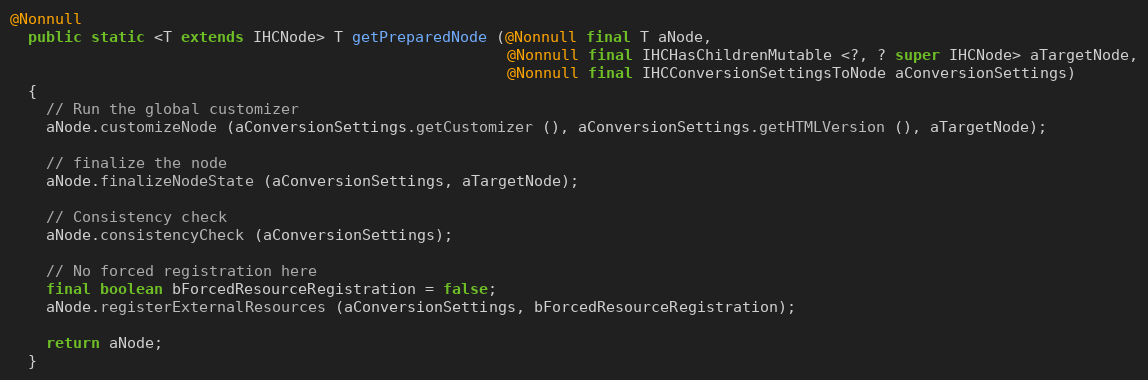
Language: Java
@Nonnull
  public static <T extends IHCNode> T getPreparedNode (@Nonnull final T aNode,
                                                       @Nonnull final IHCHasChildrenMutable <?, ? super IHCNode> aTargetNode,
                                                       @Nonnull final IHCConversionSettingsToNode aConversionSettings)
  {
    // Run the global customizer
    aNode.customizeNode (aConversionSettings.getCustomizer (), aConversionSettings.getHTMLVersion (), aTargetNode);

    // finalize the node
    aNode.finalizeNodeState (aConversionSettings, aTargetNode);

    // Consistency check
    aNode.consistencyCheck (aConversionSettings);

    // No forced registration here
    final boolean bForcedResourceRegistration = false;
    aNode.registerExternalResources (aConversionSettings, bForcedResourceRegistration);

    return aNode;
  }